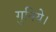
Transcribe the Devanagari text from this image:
गुनिये।